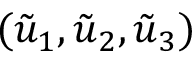
( \tilde { u } _ { 1 } , \tilde { u } _ { 2 } , \tilde { u } _ { 3 } )